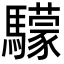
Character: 𩦺